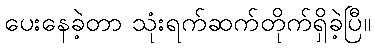
ပေးနေခဲ့တာ သုံးရက်ဆက်တိုက်ရှိခဲ့ပြီ။